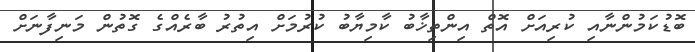
ބޮޑުކަމުންނާއި ކުރިއަށް އޮތް އިންތިޚާބު ކާމިޔާބު ކުރުމަށް އިތުރު ބާރެއްގެ ގޮތުން މަނިފާނަށް